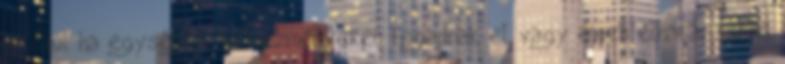
például ha egységes kedvezményeket fogadnak el, vagy éppen elhatározzák,